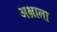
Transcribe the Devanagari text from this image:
अक्षाला